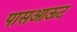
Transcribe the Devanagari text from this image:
पासआऊट